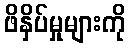
ဖိနှိပ်မှုများကို